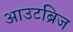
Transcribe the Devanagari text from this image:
आउटब्रिज